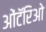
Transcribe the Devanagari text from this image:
ओंटॅरिओ